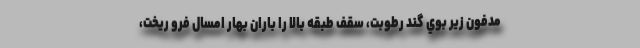
مدفون زير بوي گند رطوبت، سقف طبقه بالا را باران بهار امسال فرو ريخت،